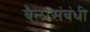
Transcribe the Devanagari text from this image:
बैलांसंबंधी